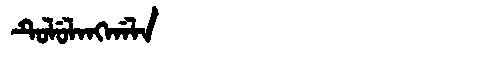
Manchu: ᡨᡠᠯᡠᠯᠠᠩᡤᠠᠯᠠ
Romanization: TULULANGGALA